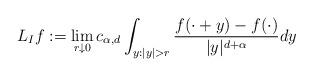
LaTeX: \begin{align*}L_If:=\lim_{r\downarrow 0} c_{\alpha, d} \int_{y: |y|>r} \frac{f(\cdot+y)-f(\cdot)}{|y|^{d+\alpha}}dy\end{align*}